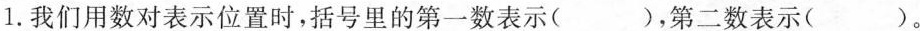
1. 我们用数对表示位置时，括号里的第一数表示( )，第二数表示( )。